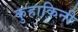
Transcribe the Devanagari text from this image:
कुहाकिनी